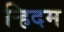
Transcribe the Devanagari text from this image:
र्‍हिदम